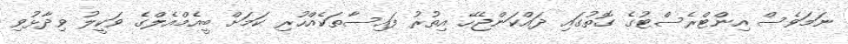
ނަމަވެސް އިންޓްރެސްޓުގެ ގޮތުގައި ދައްކަންޖެހޭ އިތުރު ފައިސާތަކެއްހުރި ކަމަށް ބީއެމްއެލްގެ ވަކީލު ވިދާޅުވި